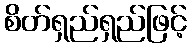
စိတ်ရှည်ရှည်ဖြင့်